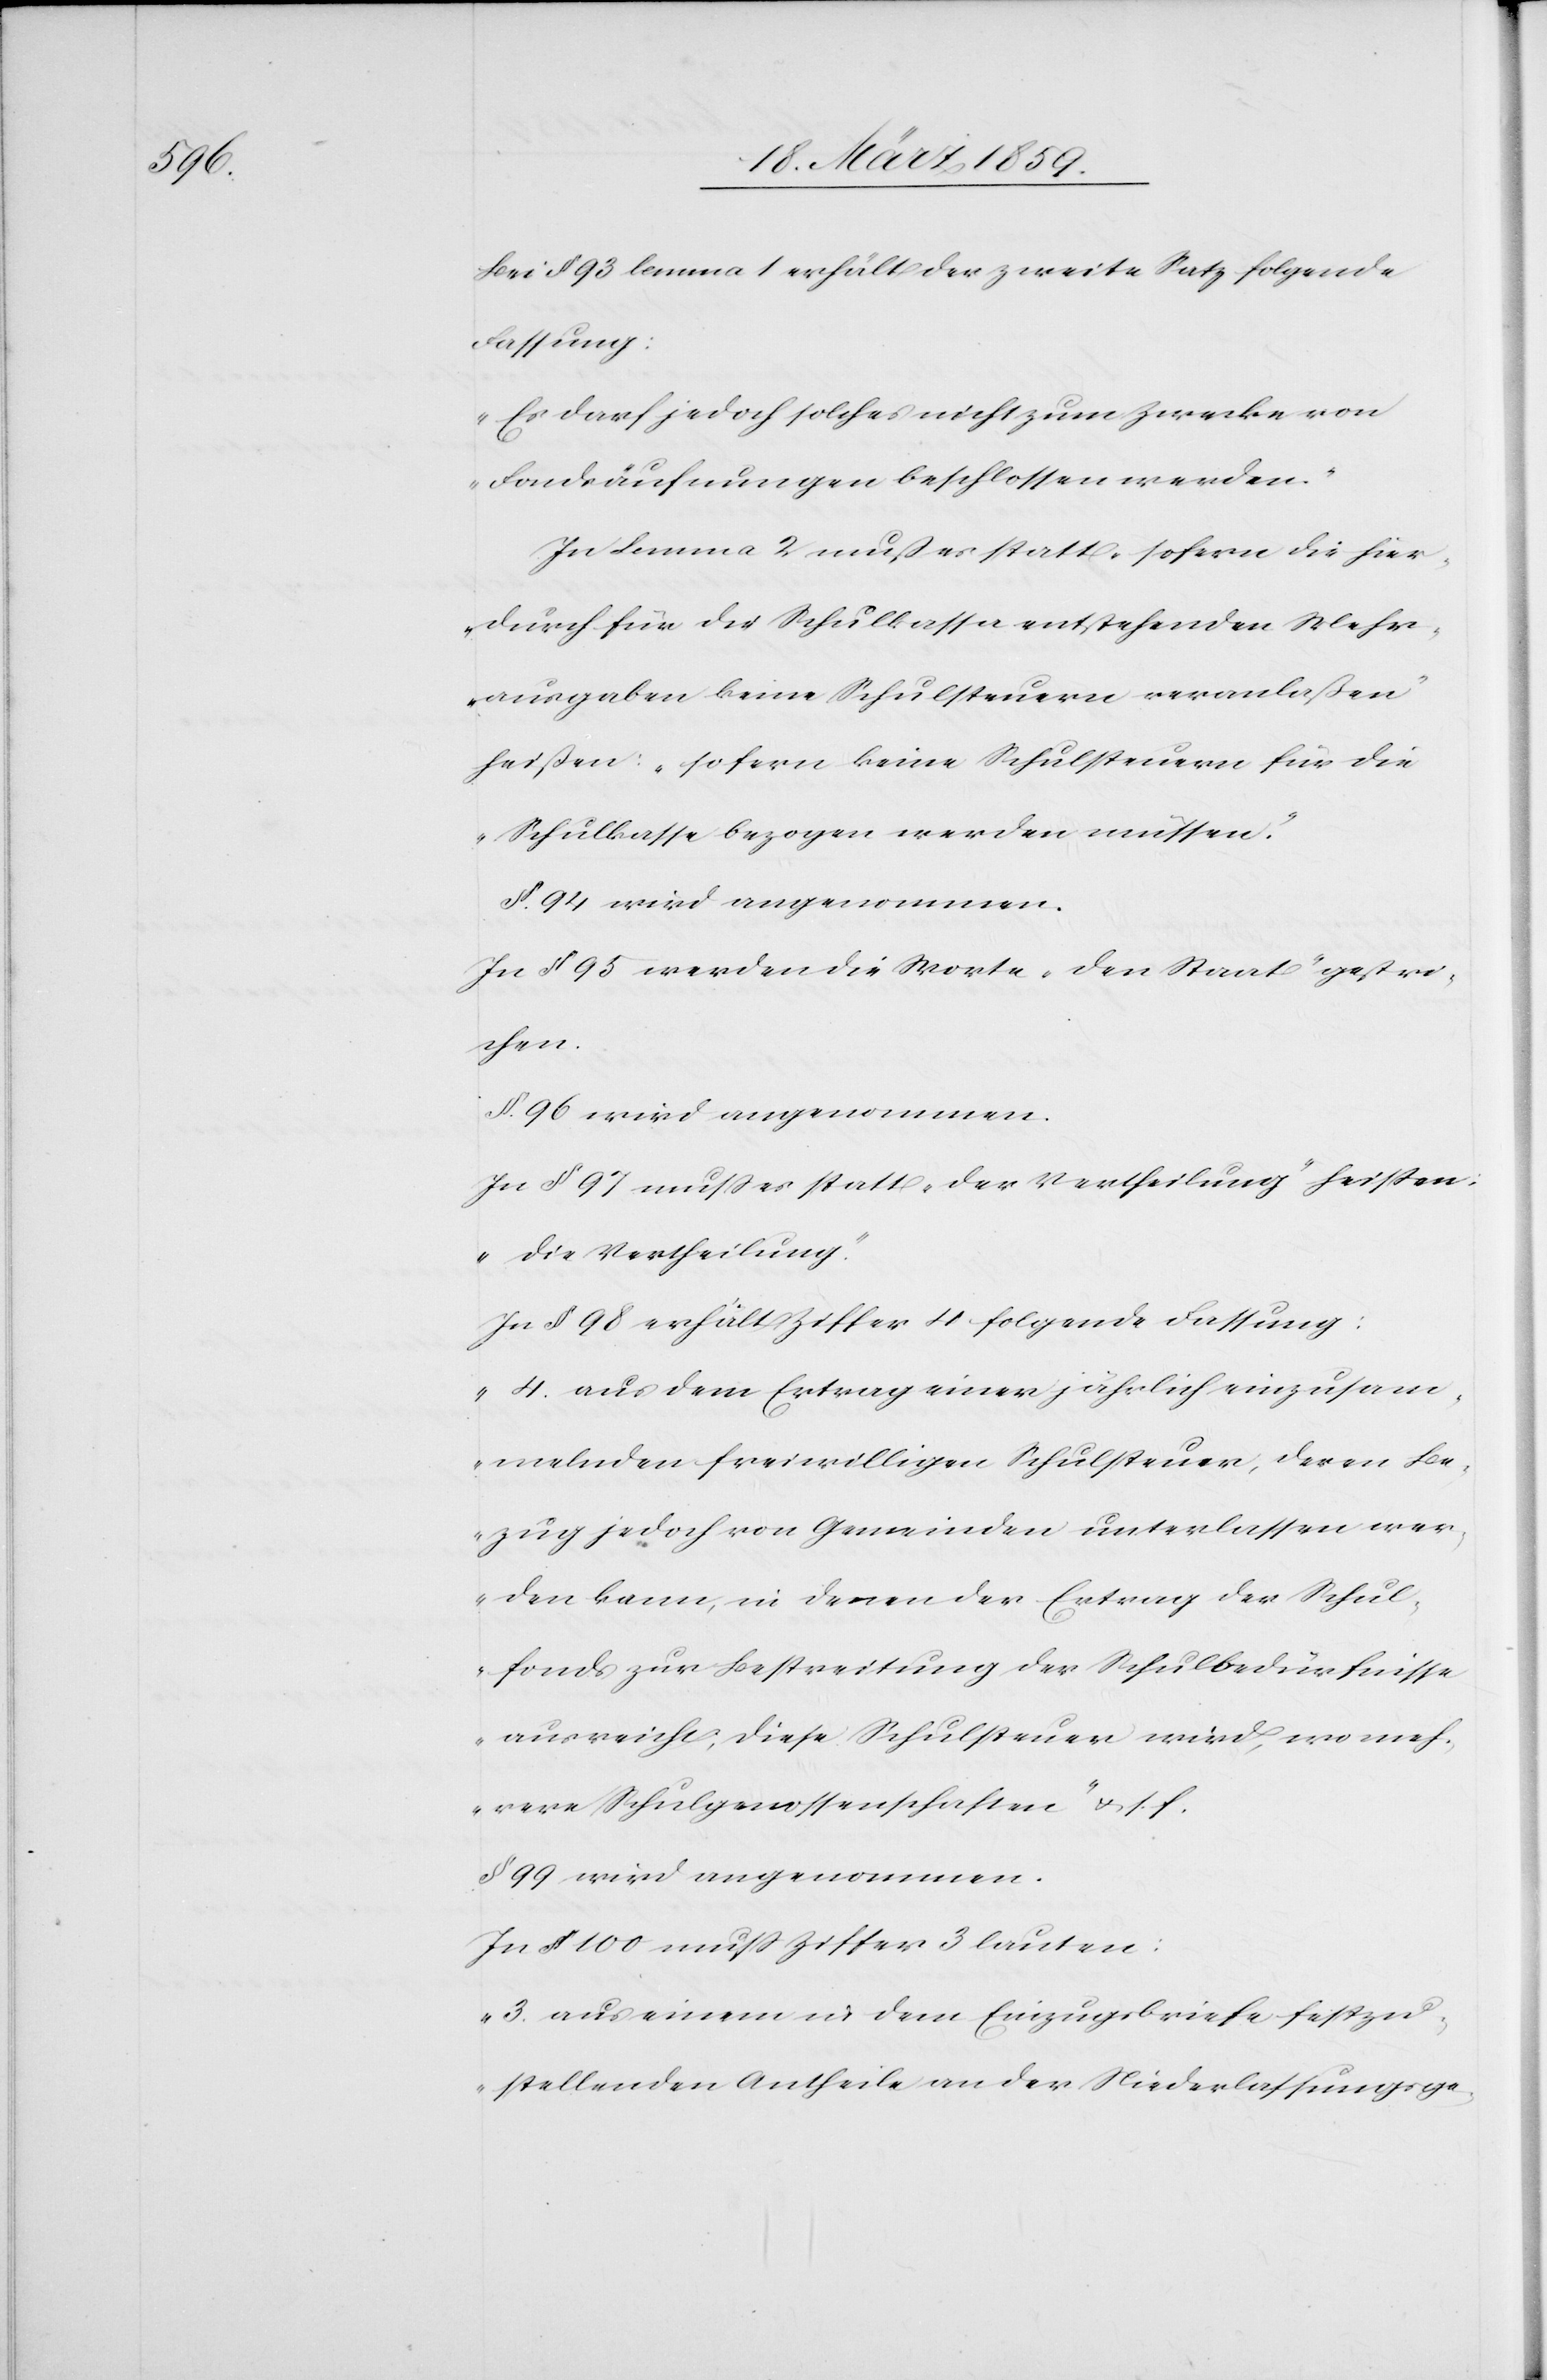
Bei § 93 Lemma 1 erhält der zweite Satz folgende
Fassung:
„Es darf jedoch solches nicht zum Zwecke von
Fondsäufnungen beschlossen werden.“
In Lemma 2 muß es statt „sofern die hier
durch für die Schulkassa entstehenden Mehr¬
ausgaben keine Schulsteuern veranlaßen“
heißen: „sofern keine Schulsteuern für die
Schulkasse bezogen werden müssen“.
In § 95 werden die Worte „den Staat“ gestri¬
chen.
§. 96 wird angenommen.
In § 97 muß es statt „der Vertheilung“ heißen:
„die Vertheilung“.
In § 98 erhält Ziffer 4 folgende Fassung:
„4. aus dem Ertrag einer jährlich einzusam¬
melnden freiwilligen Schulsteuer, deren Be¬
zug jedoch von Gemeinden unterlassen wer¬
den kann, in denen der Ertrag der Schul¬
fonds zur Bestreitung der Schulbedürfnisse
ausreicht; diese Schulsteuer wird, wo meh¬
rere Schulgenossenschaften“ u. s. f.
§. 99 wird angenommen.
In § 100 muß Ziffer 3 lauten:
„3. aus einem in dem Einzugsbriefe festzu¬
stellenden Antheile an der Niederlassungsge-